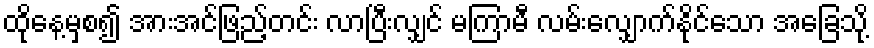
ထိုနေ့မှစ၍ အားအင်ဖြည့်တင်း လာပြီးလျှင် မကြာမီ လမ်းလျှောက်နိုင်သော အခြေသို့